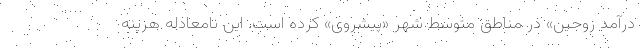
درآمد زوجین» در مناطق متوسط شهر «پیشروی» کرده است. این نامعادله هزینه